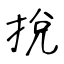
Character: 挩